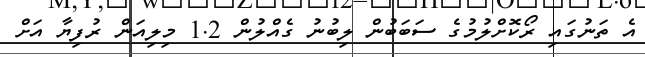
އެ ތަނުގައި ރޯކޮށްލުމުގެ ސަބަބުން ލިބުނު ގެއްލުން 1.2 މިލިއަން ރުފިޔާ އަށް